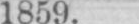
1859.